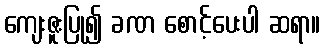
ကျေးဇူးပြု၍ ခဏ စောင့်ပေးပါ ဆရာ။